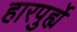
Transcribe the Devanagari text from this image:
हारपुर्ह्ये